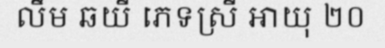
លឹម ឆយី ភេទស្រី អាយុ ២០